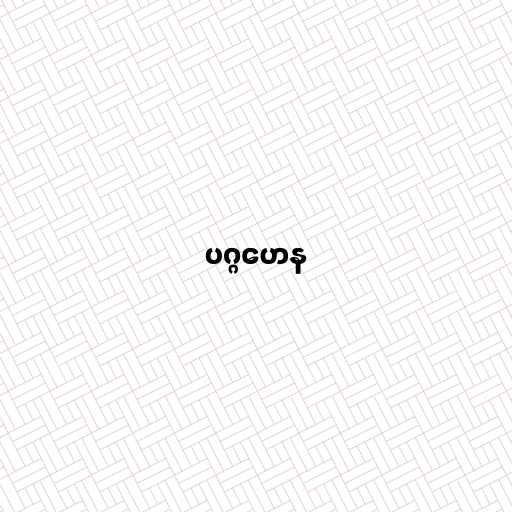
ပဂ္ဂဟေန